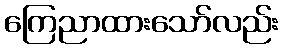
ကြေညာထားသော်လည်း